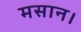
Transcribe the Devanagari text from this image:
मसान।